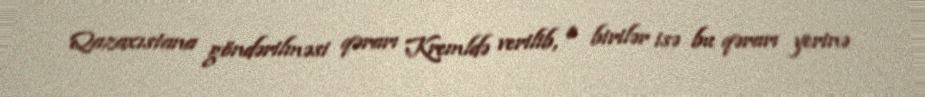
Qazaxıstana göndərilməsi qərarı Kremldə verilib, o birilər isə bu qərarı yerinə